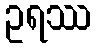
ဥရဿ